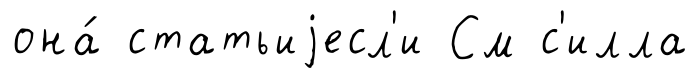
она́ статьиjесл'и См с'илла